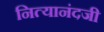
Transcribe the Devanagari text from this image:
नित्यानंदजी